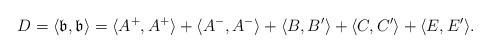
LaTeX: \begin{align*}D=\langle\mathfrak{b},\mathfrak{b}\rangle=\langle A^{+},A^{+}\rangle+\langle A^{-},A^{-}\rangle+\langle B,B'\rangle+\langle C,C'\rangle+\langle E,E'\rangle.\end{align*}